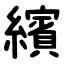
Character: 繽